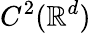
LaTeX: C^{2}(\mathbb{R}^{d})